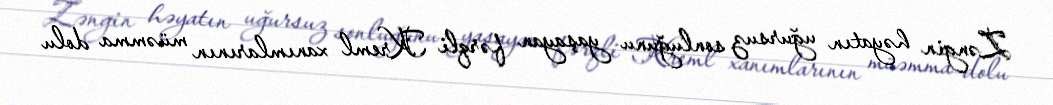
Zəngin həyatın uğursuz sonluğunu yaşayan fərqli Kreml xanımlarının müəmma dolu